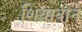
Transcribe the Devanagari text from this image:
शियावोने